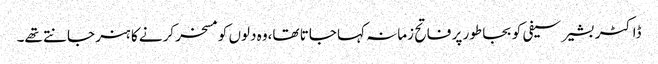
ڈاکٹر بشیر سیفی کو بجا طور پر فاتح زمانہ کہا جاتا تھا،وہ دلوں کو مسخر کرنے کا ہنر جانتے تھے۔